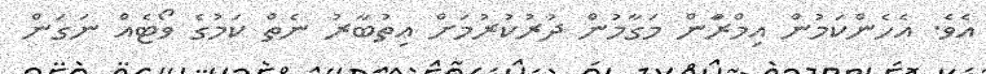
އެވެ. އެހެންކަމުން އިމްރާަން މަގާމުން ދުރުކުރުމަށް އިތުބާރު ނެތް ކަމުގެ ވޯޓެއް ނަގަން